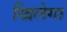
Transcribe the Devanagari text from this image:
खिलेगा